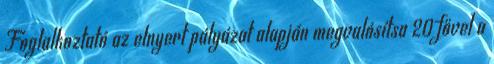
Foglalkoztató az elnyert pályázat alapján megvalósítsa 20 fővel a